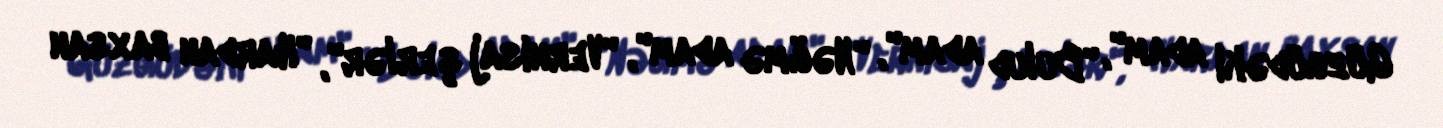
Güzgüdəki adam", "Bulud adam", "Nəğmə adam", "Vernisaj şerlər", "Hardan baxsan